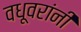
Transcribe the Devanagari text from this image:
वधूवरांनीं